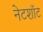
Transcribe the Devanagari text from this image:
नेटशॉट